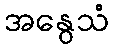
အနွေသံ